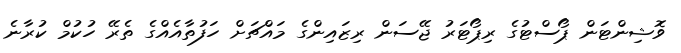
ވޮޝިންޓަން ޕޯސްޓުގެ ރިޕޯޓަރު ޖޭސަން ރިޒައިންގެ މައްޗަށް ހަފުތާއެއްގެ ތެރޭ ހުކުމް ކުރާނެ